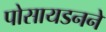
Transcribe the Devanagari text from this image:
पोसायडनने